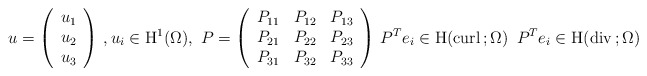
\begin{align*}u=\left(\begin{array}{c}u_1 \\u_2 \\u_3 \\\end{array}\right)\, , u_i\in {\rm H}^{1}(\Omega),\ P=\left(\begin{array}{ccc}P_{11} &P_{12}&P_{13}\\P_{21} &P_{22}&P_{23}\\P_{31} &P_{32}&P_{33}\end{array}\right)\, P^Te_i\in {\rm H}({\rm curl}\,; \Omega)\, \ P^Te_i\in {\rm H}({\rm div}\,; \Omega)\end{align*}